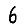
Digit: 6